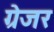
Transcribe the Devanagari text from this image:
ग्रेजर